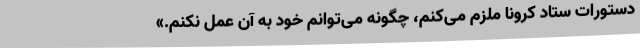
دستورات ستاد کرونا ملزم می‌کنم، چگونه می‌توانم خود به آن عمل نکنم.»